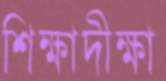
শিক্ষাদীক্ষা